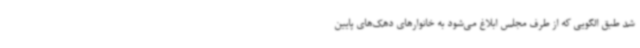
شد طبق الگویی که از طرف مجلس ابلاغ می‌شود به خانوارهای دهک‌های پایین